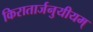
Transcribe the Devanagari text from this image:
किरातार्जनुयीयम्‌